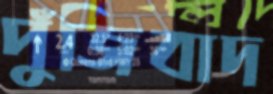
পুঁজিবাদ